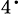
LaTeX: _4\cdot